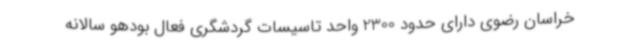
خراسان رضوی دارای حدود 2300 واحد تاسیسات گردشگری فعال بودهو سالانه